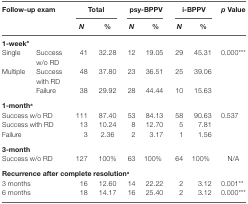
| <ROWSPAN=2-COLSPAN=2> Follow-up exam | <COLSPAN=2> Total | <COLSPAN=2> psy-BPPV | <COLSPAN=2> i-BPPV | <ROWSPAN=2> p Value |
 | N | % | N | % | N | % |
 | --- | --- | --- | --- | --- | --- | --- | --- | --- |
 | <COLSPAN=9> 1-weeka |
 | Single | Success w/o RD | 41 | 32.28 | 12 | 19.05 | 29 | 45.31 | <ROWSPAN=3> 0.000*** |
 | <ROWSPAN=2> Multiple | Success with RD | 48 | 37.80 | 23 | 36.51 | 25 | 39.06 |
 | Failure | 38 | 29.92 | 28 | 44.44 | 10 | 15.63 |
 | <COLSPAN=9> 1-montha |
 | <COLSPAN=2> Success w/o RD | 111 | 87.40 | 53 | 84.13 | 58 | 90.63 | <ROWSPAN=3> 0.537 |
 | <COLSPAN=2> Success with RD | 13 | 10.24 | 8 | 12.70 | 5 | 7.81 |
 | <COLSPAN=2> Failure | 3 | 2.36 | 2 | 3.17 | 1 | 1.56 |
 | <COLSPAN=9> 3-month |
 | <COLSPAN=2> Success w/o RD | 127 | 100% | 63 | 100% | 64 | 100% | N/A |
 | <COLSPAN=9> Recurrence after complete resolutiona |
 | <COLSPAN=2> 3 months | 16 | 12.60 | 14 | 22.22 | 2 | 3.12 | 0.001** |
 | <COLSPAN=2> 6 months | 18 | 14.17 | 16 | 25.40 | 2 | 3.12 | 0.000*** |